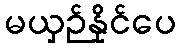
မယှဉ်နိုင်ပေ